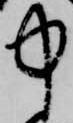
中